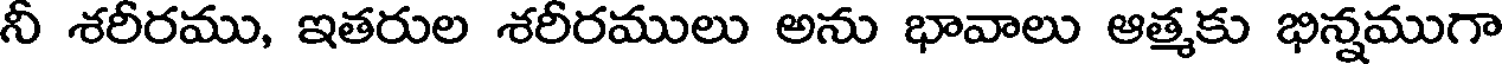
నీ శరీరము, ఇతరుల శరీరములు అను భావాలు ఆత్మకు భిన్నముగా